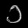
Digit: ၁